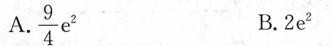
A.\frac{9}{4} e^{2} B.2e^{2}